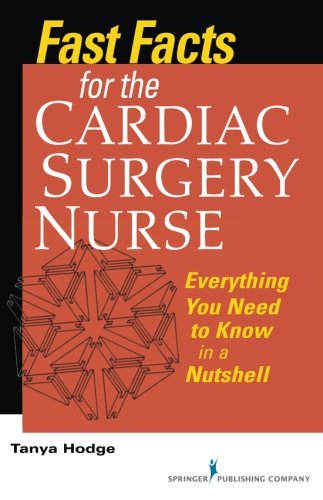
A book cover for Fast Facts for the Cardiac Surgery Nurse: Everything You Need to Know in a Nutshell; Tanya Hodge MS  RN  CNS  CCRN; Medical Books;